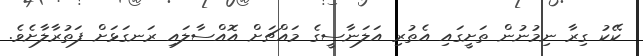
ކޭކު ގިރާ ނިމުނުން ތަށީގައި އެތުރި އަލަނާސީގެ މައްޗަށް އޮއްސާލައި ރަނގަޅަށް ފަތުރާލާށެވެ.